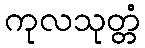
ကုလသုတ္တံ